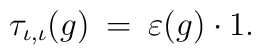
\tau_{\iota , \iota} (g) \: = \: \varepsilon (g) \cdot 1.